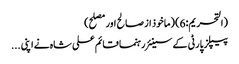
(التحریم:6) (ماخوذ از صالح اور مصلح)
پیپلز پارٹی کے سینئر رہنما قائم علی شاہ نے اپنی ...